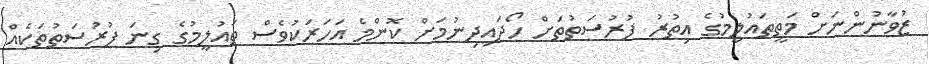
ޒުވާނުންނަށް މަތީތައުލީމުގެ އިތުރު ފުރުސަތުތަށް ހޯދައިދިނުމަށް ކޮންމެ އަހަރަކުވެސް ތައުލީމުގެ ގިނަ ފުރުސަތުތަކެއް